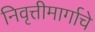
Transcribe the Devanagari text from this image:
निवृत्तीमार्गाचे